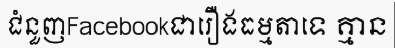
ជំនួញFacebookជារឿងធម្មតាទេ គ្មាន